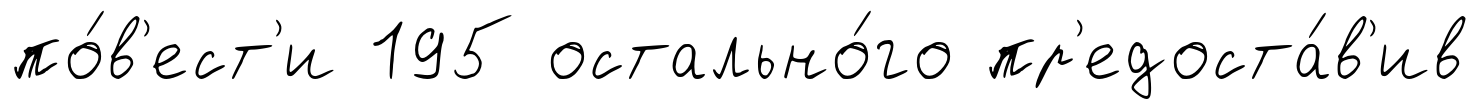
по́в'ест'и 195 остально́го пр'едоста́в'ив